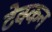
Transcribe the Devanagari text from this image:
टेक्कन